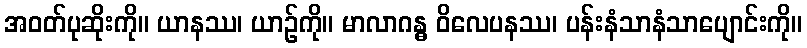
အဝတ်ပုဆိုးကို။ ယာနဿ၊ ယာဉ်ကို။ မာလာဂန္ဓ ဝိလေပနဿ၊ ပန်းနံသာနံသာပျောင်းကို။